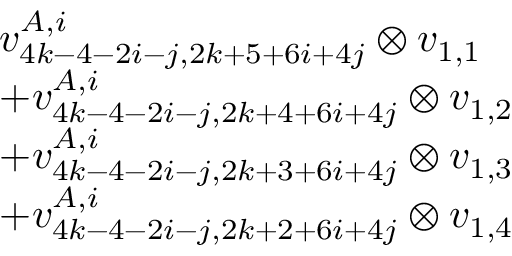
\begin{array} { r l } & { v _ { 4 k - 4 - 2 i - j , 2 k + 5 + 6 i + 4 j } ^ { A , i } \otimes v _ { 1 , 1 } } \\ & { + v _ { 4 k - 4 - 2 i - j , 2 k + 4 + 6 i + 4 j } ^ { A , i } \otimes v _ { 1 , 2 } } \\ & { + v _ { 4 k - 4 - 2 i - j , 2 k + 3 + 6 i + 4 j } ^ { A , i } \otimes v _ { 1 , 3 } } \\ & { + v _ { 4 k - 4 - 2 i - j , 2 k + 2 + 6 i + 4 j } ^ { A , i } \otimes v _ { 1 , 4 } } \end{array}